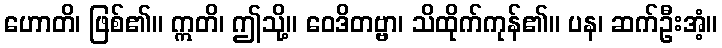
ဟောတိ၊ ဖြစ်၏။ ဣတိ၊ ဤသို့။ ဝေဒိတဗ္ဗာ၊ သိထိုက်ကုန်၏။ ပန၊ ဆက်ဦးအံ့။